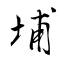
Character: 埔